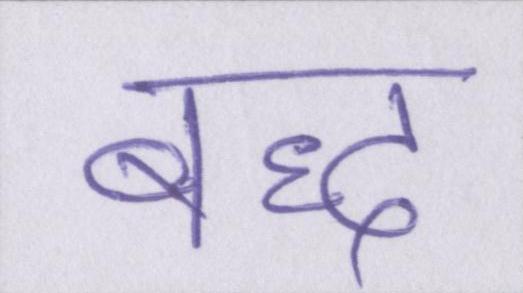
बद्ध